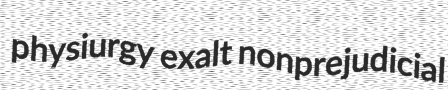
physiurgy exalt nonprejudicial